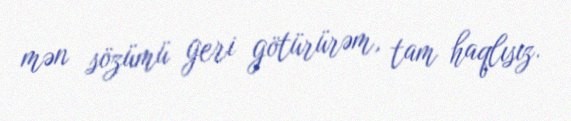
mən sözümü geri götürürəm, tam haqlısız.